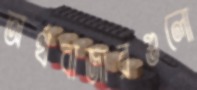
অর্থবাজারগুলো